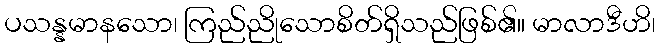
ပသန္နမာနသော၊ ကြည်ညိုသောစိတ်ရှိသည်ဖြစ်၏။ မာလာဒီဟိ၊